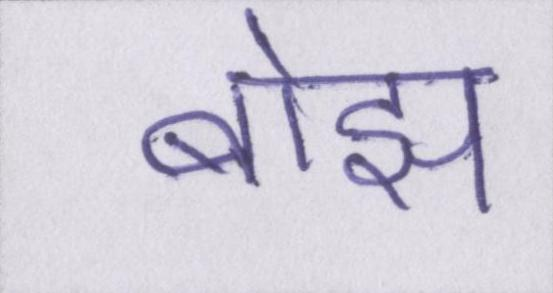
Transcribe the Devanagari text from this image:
बोझ